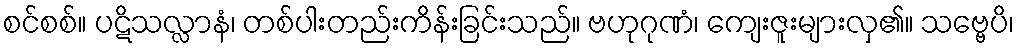
စင်စစ်။ ပဋိသလ္လာနံ၊ တစ်ပါးတည်းကိန်းခြင်းသည်။ ဗဟုဂုဏံ၊ ကျေးဇူးများလှ၏။ သဗ္ဗေပိ၊